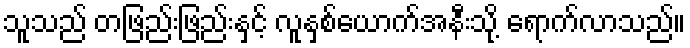
သူသည် တဖြည်းဖြည်းနှင့် လူနှစ်ယောက်အနီးသို့ ရောက်လာသည်။